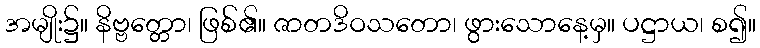
အမျိုး၌။ နိဗ္ဗတ္တော၊ ဖြစ်၏။ ဇာတဒိဝသတော၊ ဖွားသောနေ့မှ။ ပဋ္ဌာယ၊ စ၍။